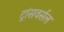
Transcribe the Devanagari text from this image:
ट्रांसवर्सल